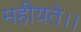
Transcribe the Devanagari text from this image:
महीयते।।